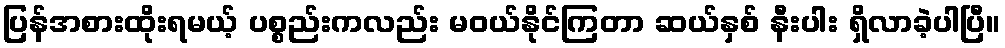
ပြန်အစားထိုးရမယ့် ပစ္စည်းကလည်း မဝယ်နိုင်ကြတာ ဆယ်နှစ် နီးပါး ရှိလာခဲ့ပါပြီ။